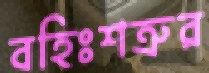
বহিঃশত্রুর